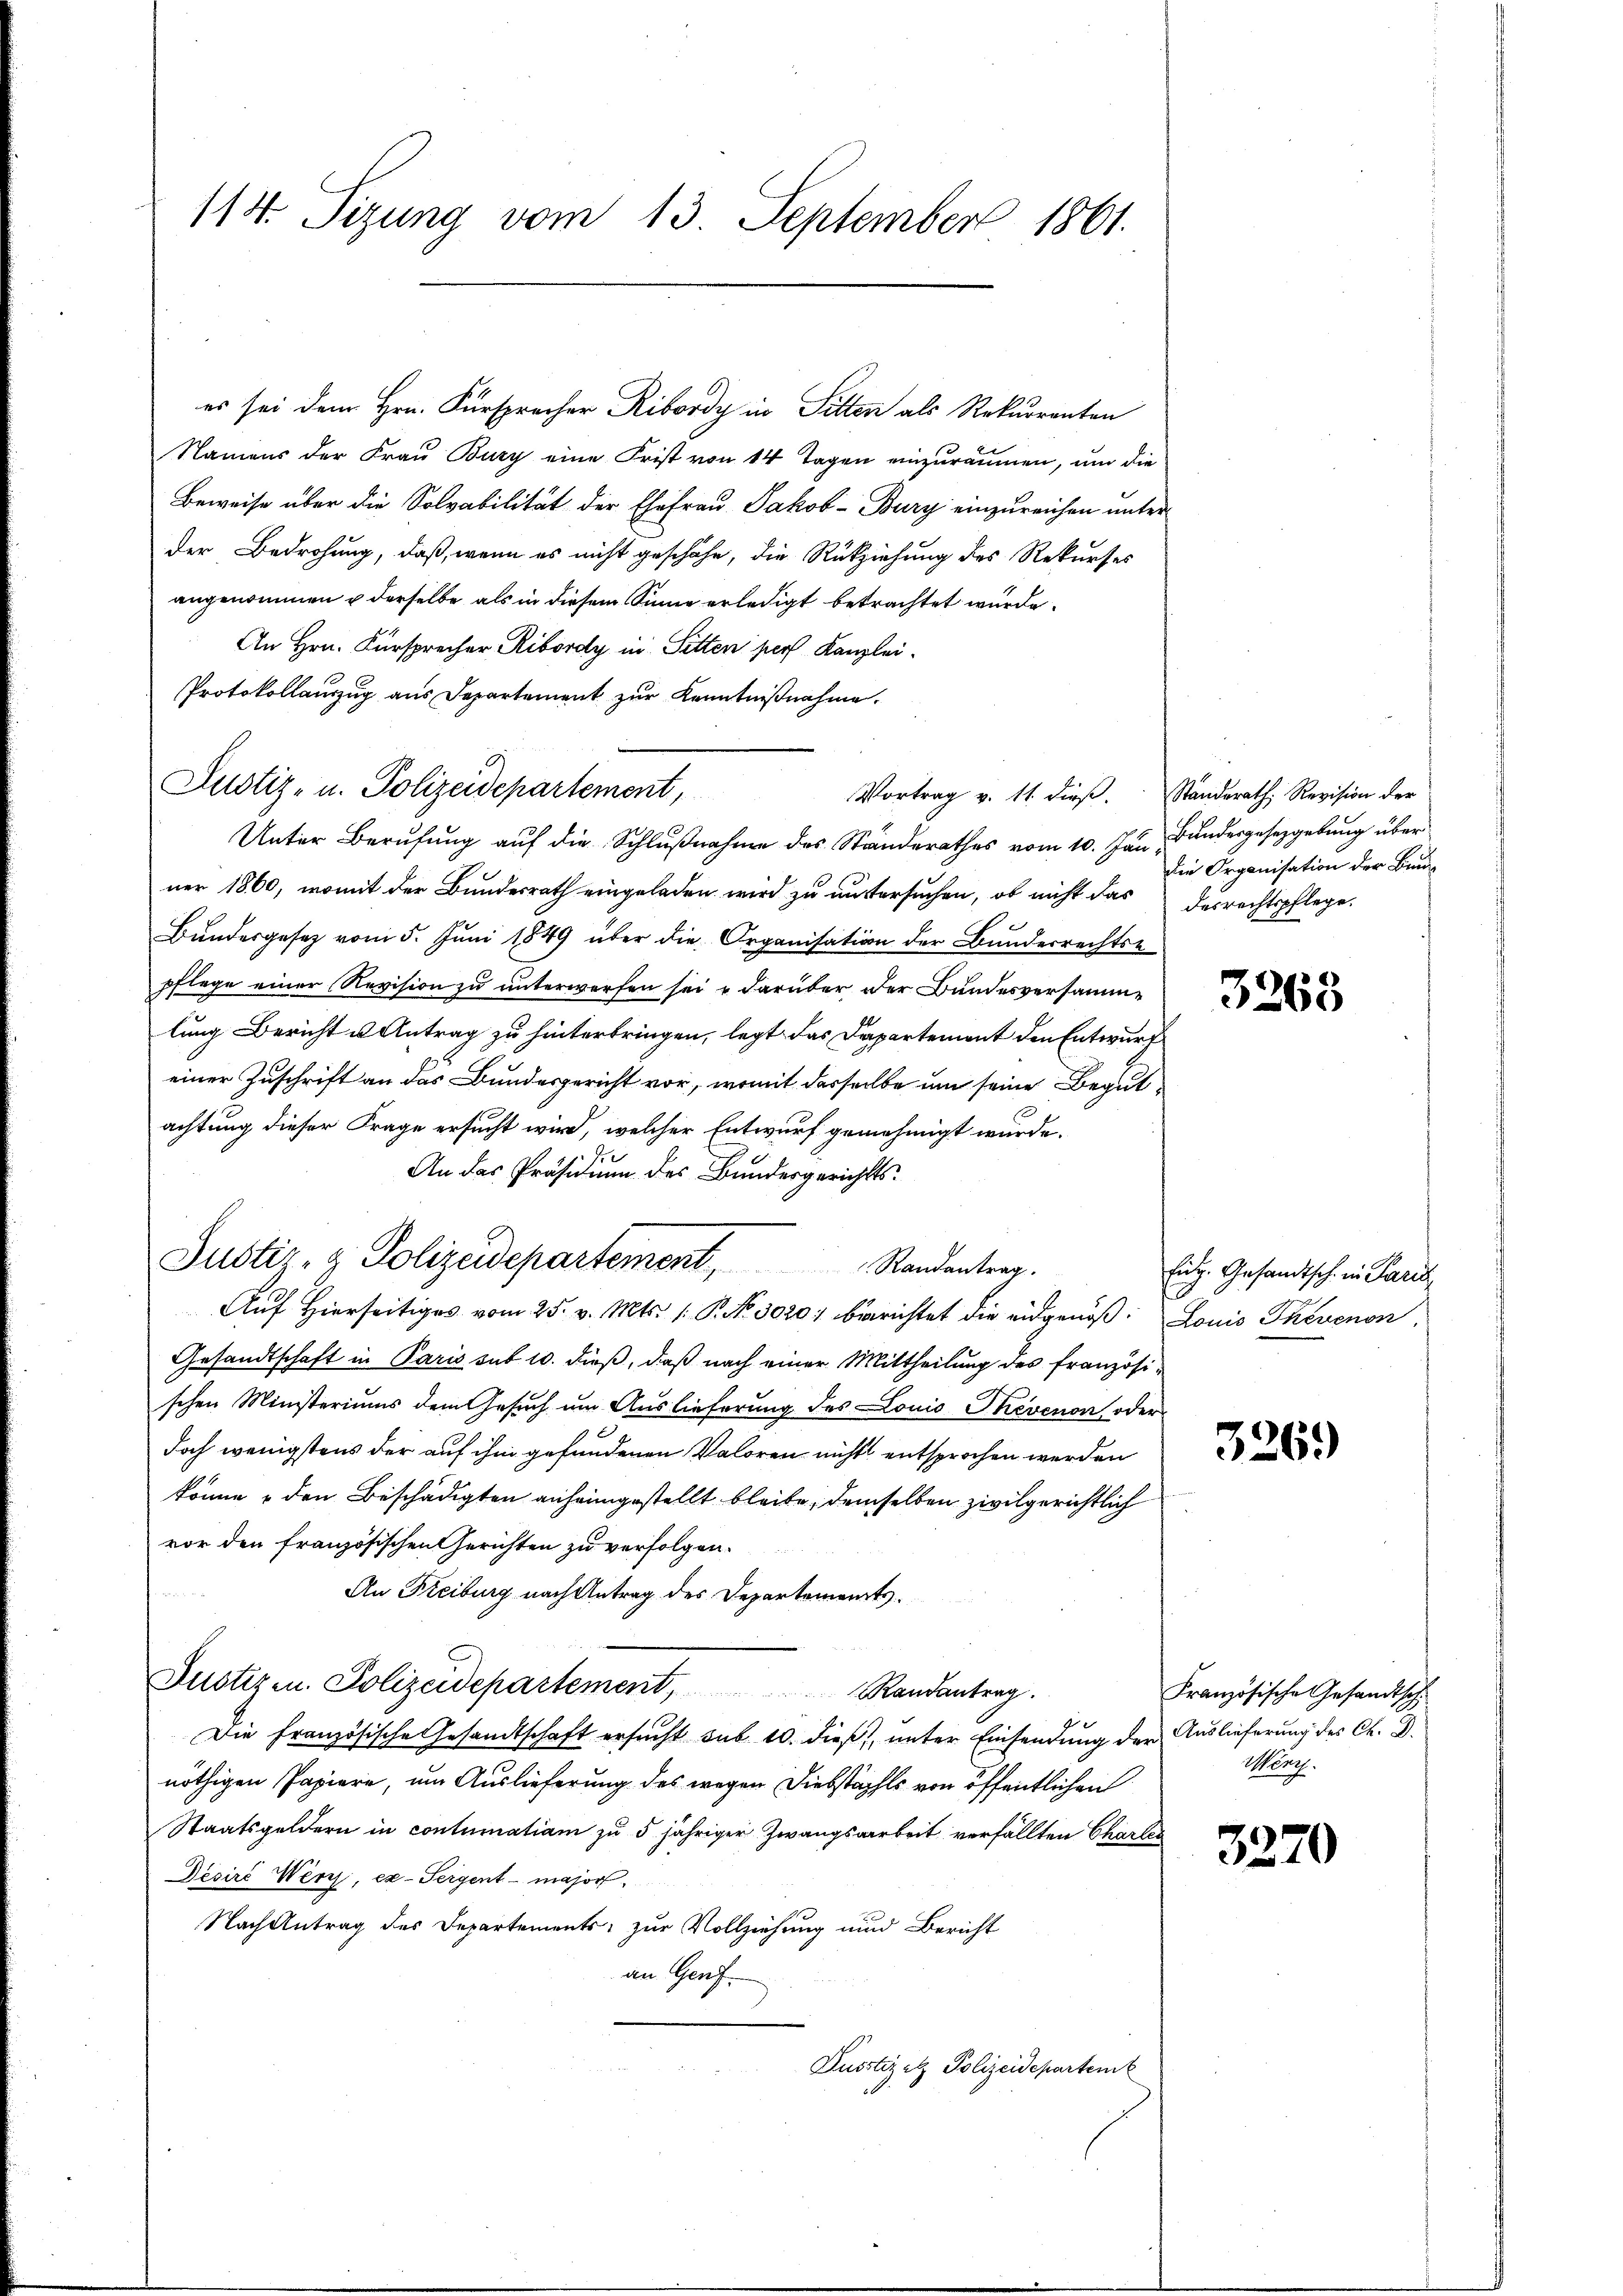
114. Sitzung vom 13. September 1861.

Namens der Frau Bury eine Frist von 14 Tagen einzuräumen, um die
Beweise über die Solvabilität der Ehefrau Jakob-Bury einzureichen unter
der Bedrohung, daß, wenn es nicht geschähe, die Rückziehung des Rekurses
angenommen u derselbe als in diesem Sinne erledigt betrachtet wurde.
An Hrn. Fürsprecher, Ribordy in Sitten pers Kanzlei-
Protokollauszug aus Departement zur Kenntnißnahme.
Unter Berufung auf die Schlußnahme des Ständerathes vom 10. Jan Bundesgesetzgebung über
ner 1860, womit der Bundesrath eingeladen wird zu untersuchen, ob nicht das desrechtspflege.
Bundesgesetz vom 5. Juni 1849 über die Organisation der Bundesrechtse
pflege einer Revision zu unterworfen sei & darüber der Bundesversamme
lung Bericht u Antrag zu hinterbringen, legt das Departement den Entwurf
einer Zuschrift an das Bundesgericht vor, womit desselbe um seine Begut
achtung dieser Frage ersucht wird, welcher Entwurf genehmigt wurde.
An das Präsidium des Bundesgerichts¬
Justiz- & Polizeidepartement Randantrag.
Auf Hierseitiges vom 25. v. Mts. ( P. No. 3020) berichtet die eidgenöß: Louis Thevenon
Gesandtschaft in Paris sub 10. dieß, daß nach einer Mittheilung des französischen Ministeriums dem Gesuch um Auslieferung des Louis Thevenon oder
doch wenigstens der auf ihm gefundenen Valoren nichts entsprochen werden
könne & den Beschädigten anheimgestellt bleibe, demselben zivilgerichtlich
vor den französischen Gerichten zu verfolgen.

An Freiburg nach Antrag des Departements.
Justizen. Polizeidepartement, Randantrag.
Die Französische Gesandtschaft ersucht sub 10. dieß, unter Einsendung der Auslieferung des C. D.
nöthigen Papiere, um Auslieferung des wegen Diebstahls von öffentlichen
Staatsgeldern in contumatiam zu 5 jähriger Zwangsarbeit verfällten Charles
Decire Wenz, ex-Seigent - major
Nach Antrag des Departements, zur Vollziehung und Bericht
an Genf.
Pusstiz etz. Polizeidepartemb

Justiz- u. Polizeidepartement,

es sei dem Hrn. Fürsprecher Ribordy in Sitten als Rekurrenten

Vortrag v. 11. dieß. Ständerath, Revision der

die Organisation der Bun¬

Französische Gesandtsch
Werh.

3263

Eidg. Gesandtsch in Paris,

326.)

3270